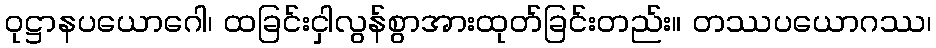
ဝုဋ္ဌာနပယောဂေါ၊ ထခြင်းငှါလွန်စွာအားထုတ်ခြင်းတည်း။ တဿပယောဂဿ၊